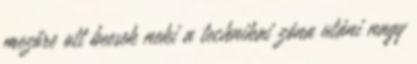
mezőre ott beesek neki a technikai zóna utáni nagy